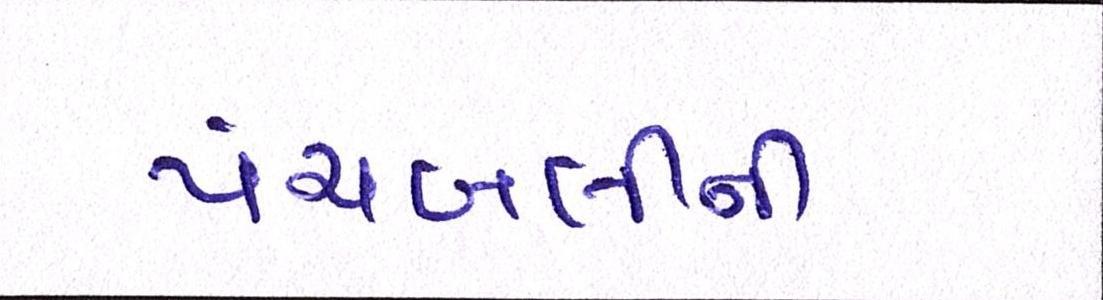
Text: પંચબલીની